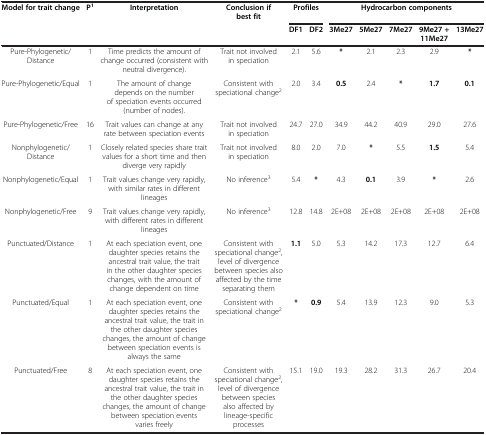
<table><thead><tr><td><b>Model for trait change</b></td><td><b>P<sup>1</sup></b></td><td><b>Interpretation</b></td><td><b>Conclusion if best fit</b></td><td colspan="2"><b>Profiles</b></td><td colspan="5"><b>Hydrocarbon components</b></td></tr><tr><td><b> </b></td><td><b> </b></td><td><b> </b></td><td><b> </b></td><td><b>DF1</b></td><td><b>DF2</b></td><td><b>3Me27</b></td><td><b>5Me27</b></td><td><b>7Me27</b></td><td><b>9Me27 + 11Me27</b></td><td><b>13Me27</b></td></tr></thead><tbody><tr><td>Pure-Phylogenetic/Distance</td><td>1</td><td>Time predicts the amount of change occurred (consistent with neutral divergence).</td><td>Trait not involved in speciation</td><td>2.1</td><td>5.6</td><td><b>*</b></td><td>2.1</td><td>2.3</td><td>2.9</td><td><b>*</b></td></tr><tr><td>Pure-Phylogenetic/Equal</td><td>1</td><td>The amount of change depends on the number of speciation events occurred (number of nodes).</td><td>Consistent with speciational change<sup>2</sup></td><td>2.0</td><td>3.4</td><td><b>0.5</b></td><td>2.4</td><td><b>*</b></td><td><b>1.7</b></td><td><b>0.1</b></td></tr><tr><td>Pure-Phylogenetic/Free</td><td>16</td><td>Trait values can change at any rate between speciation events</td><td>Trait not involved in speciation</td><td>24.7</td><td>27.0</td><td>34.9</td><td>44.2</td><td>40.9</td><td>29.0</td><td>27.6</td></tr><tr><td>Nonphylogenetic/Distance</td><td>1</td><td>Closely related species share trait values for a short time and then diverge very rapidly</td><td>Trait not involved in speciation</td><td>8.0</td><td>2.0</td><td>7.0</td><td><b>*</b></td><td>5.5</td><td><b>1.5</b></td><td>5.4</td></tr><tr><td>Nonphylogenetic/Equal</td><td>1</td><td>Trait values change very rapidly, with similar rates in different lineages</td><td>No inference<sup>3</sup></td><td>5.4</td><td><b>*</b></td><td>4.3</td><td><b>0.1</b></td><td>3.9</td><td><b>*</b></td><td>2.6</td></tr><tr><td>Nonphylogenetic/Free</td><td>9</td><td>Trait values change very rapidly, with different rates in different lineages</td><td>No inference<sup>3</sup></td><td>12.8</td><td>14.8</td><td>2E+08</td><td>2E+08</td><td>2E+08</td><td>2E+08</td><td>2E+08</td></tr><tr><td>Punctuated/Distance</td><td>1</td><td>At each speciation event, one daughter species retains the ancestral trait value, the trait in the other daughter species changes, with the amount of change dependent on time</td><td>Consistent with speciational change<sup>2</sup>, level of divergence between species also affected by the time separating them</td><td><b>1.1</b></td><td>5.0</td><td>5.3</td><td>14.2</td><td>17.3</td><td>12.7</td><td>6.4</td></tr><tr><td>Punctuated/Equal</td><td>1</td><td>At each speciation event, one daughter species retains the ancestral trait value, the trait in the other daughter species changes, the amount of change between speciation events is always the same</td><td>Consistent with speciational change<sup>2</sup></td><td><b>*</b></td><td><b>0.9</b></td><td>5.4</td><td>13.9</td><td>12.3</td><td>9.0</td><td>5.3</td></tr><tr><td>Punctuated/Free</td><td>8</td><td>At each speciation event, one daughter species retains the ancestral trait value, the trait in the other daughter species changes, the amount of change between speciation events varies freely</td><td>Consistent with speciational change<sup>2</sup>, level of divergence between species also affected by lineage-specific processes</td><td>15.1</td><td>19.0</td><td>19.3</td><td>28.2</td><td>31.3</td><td>26.7</td><td>20.4</td></tr></tbody></table>